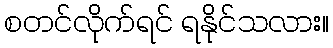
စတင်လိုက်ရင် ရနိုင်သလား။